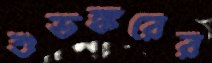
শুভঙ্করের